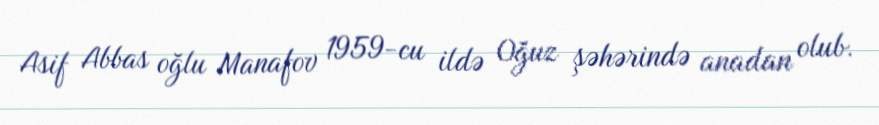
Asif Abbas oğlu Manafov 1959-cu ildə Oğuz şəhərində anadan olub.